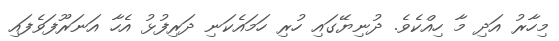
މިހާރު އަދި މާ ހިއްކެވެ. ދުނިޔޭގައި ހުރި ހަމައެކަނި ދަރިފުޅު އެހާ އަނަރޫފަވެފައި